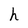
Character: h